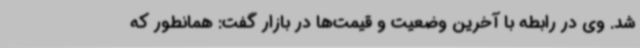
شد. وی در رابطه با آخرین وضعیت و قیمت‌ها در بازار گفت: همانطور که